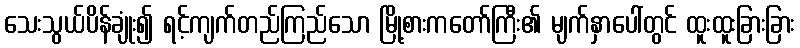
သေးသွယ်ပိန်ချုံး၍ ရင့်ကျက်တည်ကြည်သော မြို့စားကတော်ကြီး၏ မျက်နှာပေါ်တွင် ထူးထူးခြားခြား